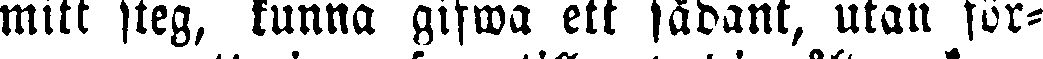
mitt steg, kunna gifwa ett sådant, utan för-